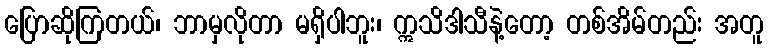
ပြောဆိုကြတယ်၊ ဘာမှလိုတာ မရှိပါဘူး၊ ဣသိဒါသီနဲ့တော့ တစ်အိမ်တည်း အတူ